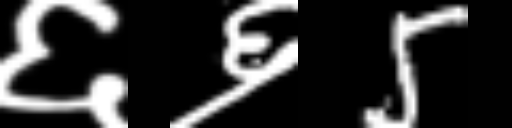
Text: ६६5